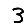
Digit: 3